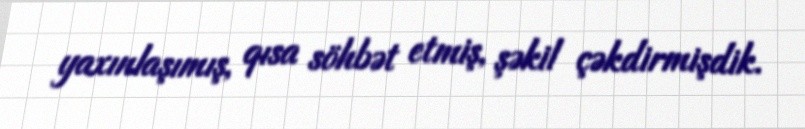
yaxınlaşımış, qısa söhbət etmiş, şəkil çəkdirmişdik.